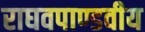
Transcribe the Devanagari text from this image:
राघवपाण्डवीय